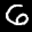
Label: 6